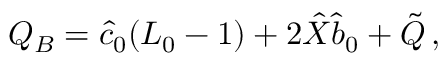
Q _ { B } = \hat { c } _ { 0 } ( L _ { 0 } - 1 ) + 2 \hat { X } \hat { b } _ { 0 } + \tilde { Q } \, ,